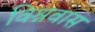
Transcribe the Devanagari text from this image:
विश्नवास